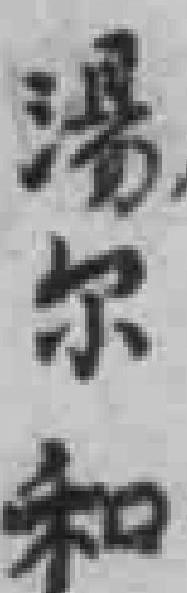
湯尔和